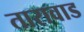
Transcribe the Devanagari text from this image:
तारावाड